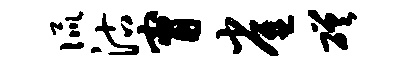
侃沽甯雀磋